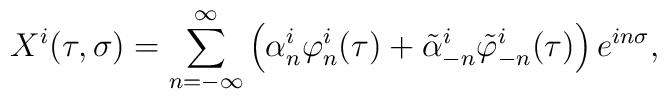
X^{i}(\tau,\sigma)=\sum_{n=-\infty}^{\infty}\left(\alpha_{n}^{i}\varphi^{i}_{n}(\tau)+ \tilde{\alpha}_{-n}^{i}\tilde{\varphi}^{i}_{-n}(\tau) \right)e^{in\sigma},